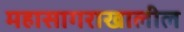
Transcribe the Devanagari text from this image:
महासागराखालील